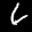
Label: 6